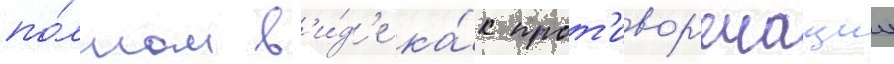
по́лном в'и́д'е ка́к прот'ивор'ечащии